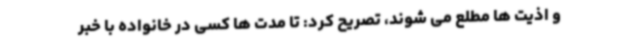
و اذیت ها مطلع می شوند، تصریح کرد: تا مدت ها کسی در خانواده با خبر